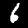
Label: 6